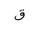
Letter: _qaf